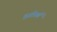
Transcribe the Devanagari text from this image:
हार्टफ़र्ड